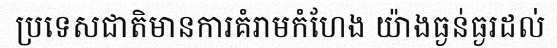
ប្រទេសជាតិមានការគំរាមកំហែង យ៉ាងធ្ងន់ធ្ងរដល់